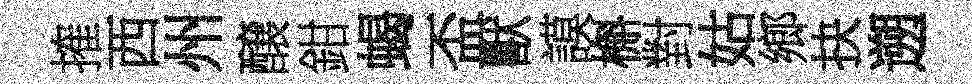
搉西州醸鉗蝎盃獸謨槲對姑鄉抉遡